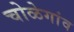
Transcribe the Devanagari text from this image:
चोळेगांव